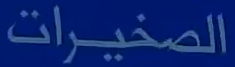
الصخيرات